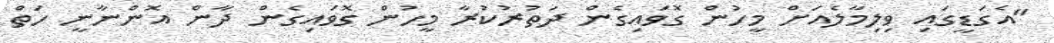
"އެގަޑީގައި ވިލިމާލެއަށް މީހުން ގޮވައިގެން ދަތުރުކުރާ މީހުން ގޮވައިގެން ދާން އޮންނާނީ ހަތް